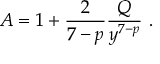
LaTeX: A = 1 + \frac { 2 } { 7 - p } \frac { Q } { y ^ { 7 - p } } \ .